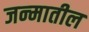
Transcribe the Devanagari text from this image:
जन्‍मातील